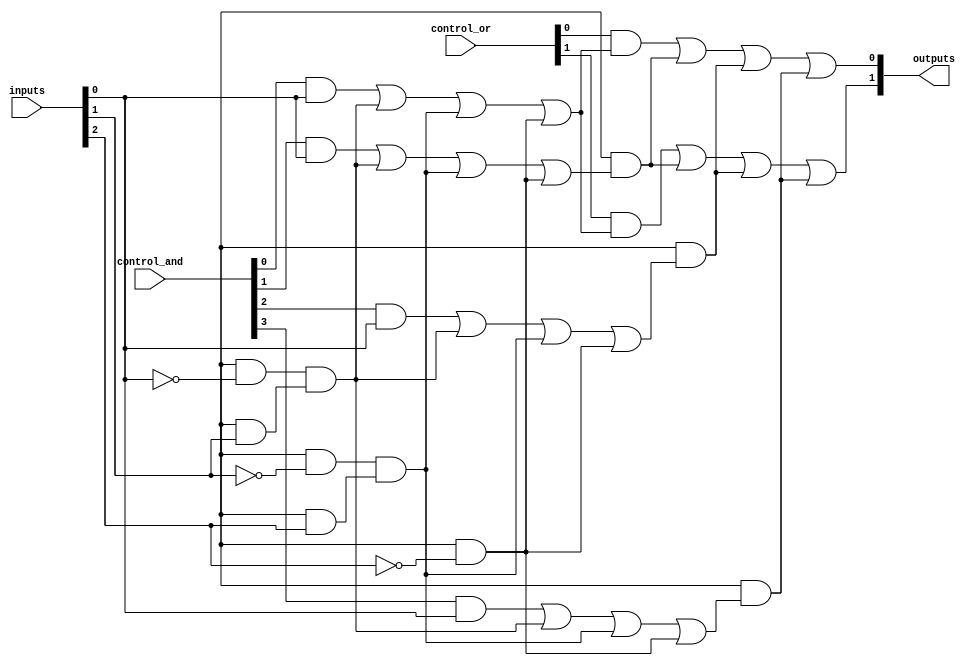
module PLA (
    input wire [N-1:0] inputs,      // N input signals (A, B, C, ..., N)
    input wire [M-1:0] control_and,  // Control signals for AND plane
    input wire [P-1:0] control_or,   // Control signals for OR plane
    output wire [Q-1:0] outputs      // Q output signals (Y1, Y2, ..., Ym)
);
    parameter N = 3; // Number of inputs
    parameter M = 4; // Number of AND gates (product terms)
    parameter P = 2; // Number of OR gates (outputs)
    parameter Q = 2; // Number of outputs

    // Internal wires for product terms generated by AND gates
    wire [M-1:0] and_out;

    // AND Plane
    genvar i, j;
    generate
        for (i = 0; i < M; i = i + 1) begin : and_plane
            assign and_out[i] = (control_and[i] & inputs[0]) |
                                 (control_and[i + M] & ~inputs[0]) &
                                 (control_and[i + 2*M] & inputs[1]) |
                                 (control_and[i + 3*M] & ~inputs[1]) &
                                 (control_and[i + 4*M] & inputs[2]) |
                                 (control_and[i + 5*M] & ~inputs[2]);
        end
    endgenerate

    // OR Plane
    generate
        for (j = 0; j < P; j = j + 1) begin : or_plane
            assign outputs[j] = (control_or[j] & and_out[0]) |
                                (control_or[j + P] & and_out[1]) |
                                (control_or[j + 2*P] & and_out[2]) |
                                (control_or[j + 3*P] & and_out[3]);
        end
    endgenerate

endmodule